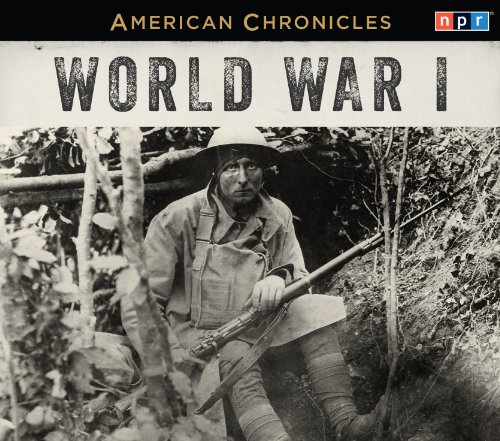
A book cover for NPR American Chronicles: World War I; NPR; Humor & Entertainment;